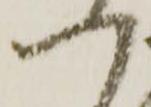
つ